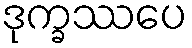
ဒုက္ခဿပေ